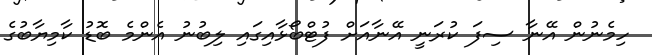
ހިމެނުން އޭނާ ސިފަ ކުރަނީ އޭނާއަށް ފުޓްބޯޅާއިގައި ލިބުނު އެންމެ ބޮޑު ކާމިޔާބުގެ